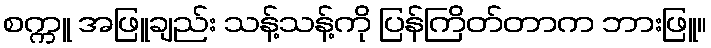
စက္ကူ အဖြူချည်း သန့်သန့်ကို ပြန်ကြိတ်တာက ဘားဖြူ။